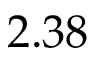
2 . 3 8